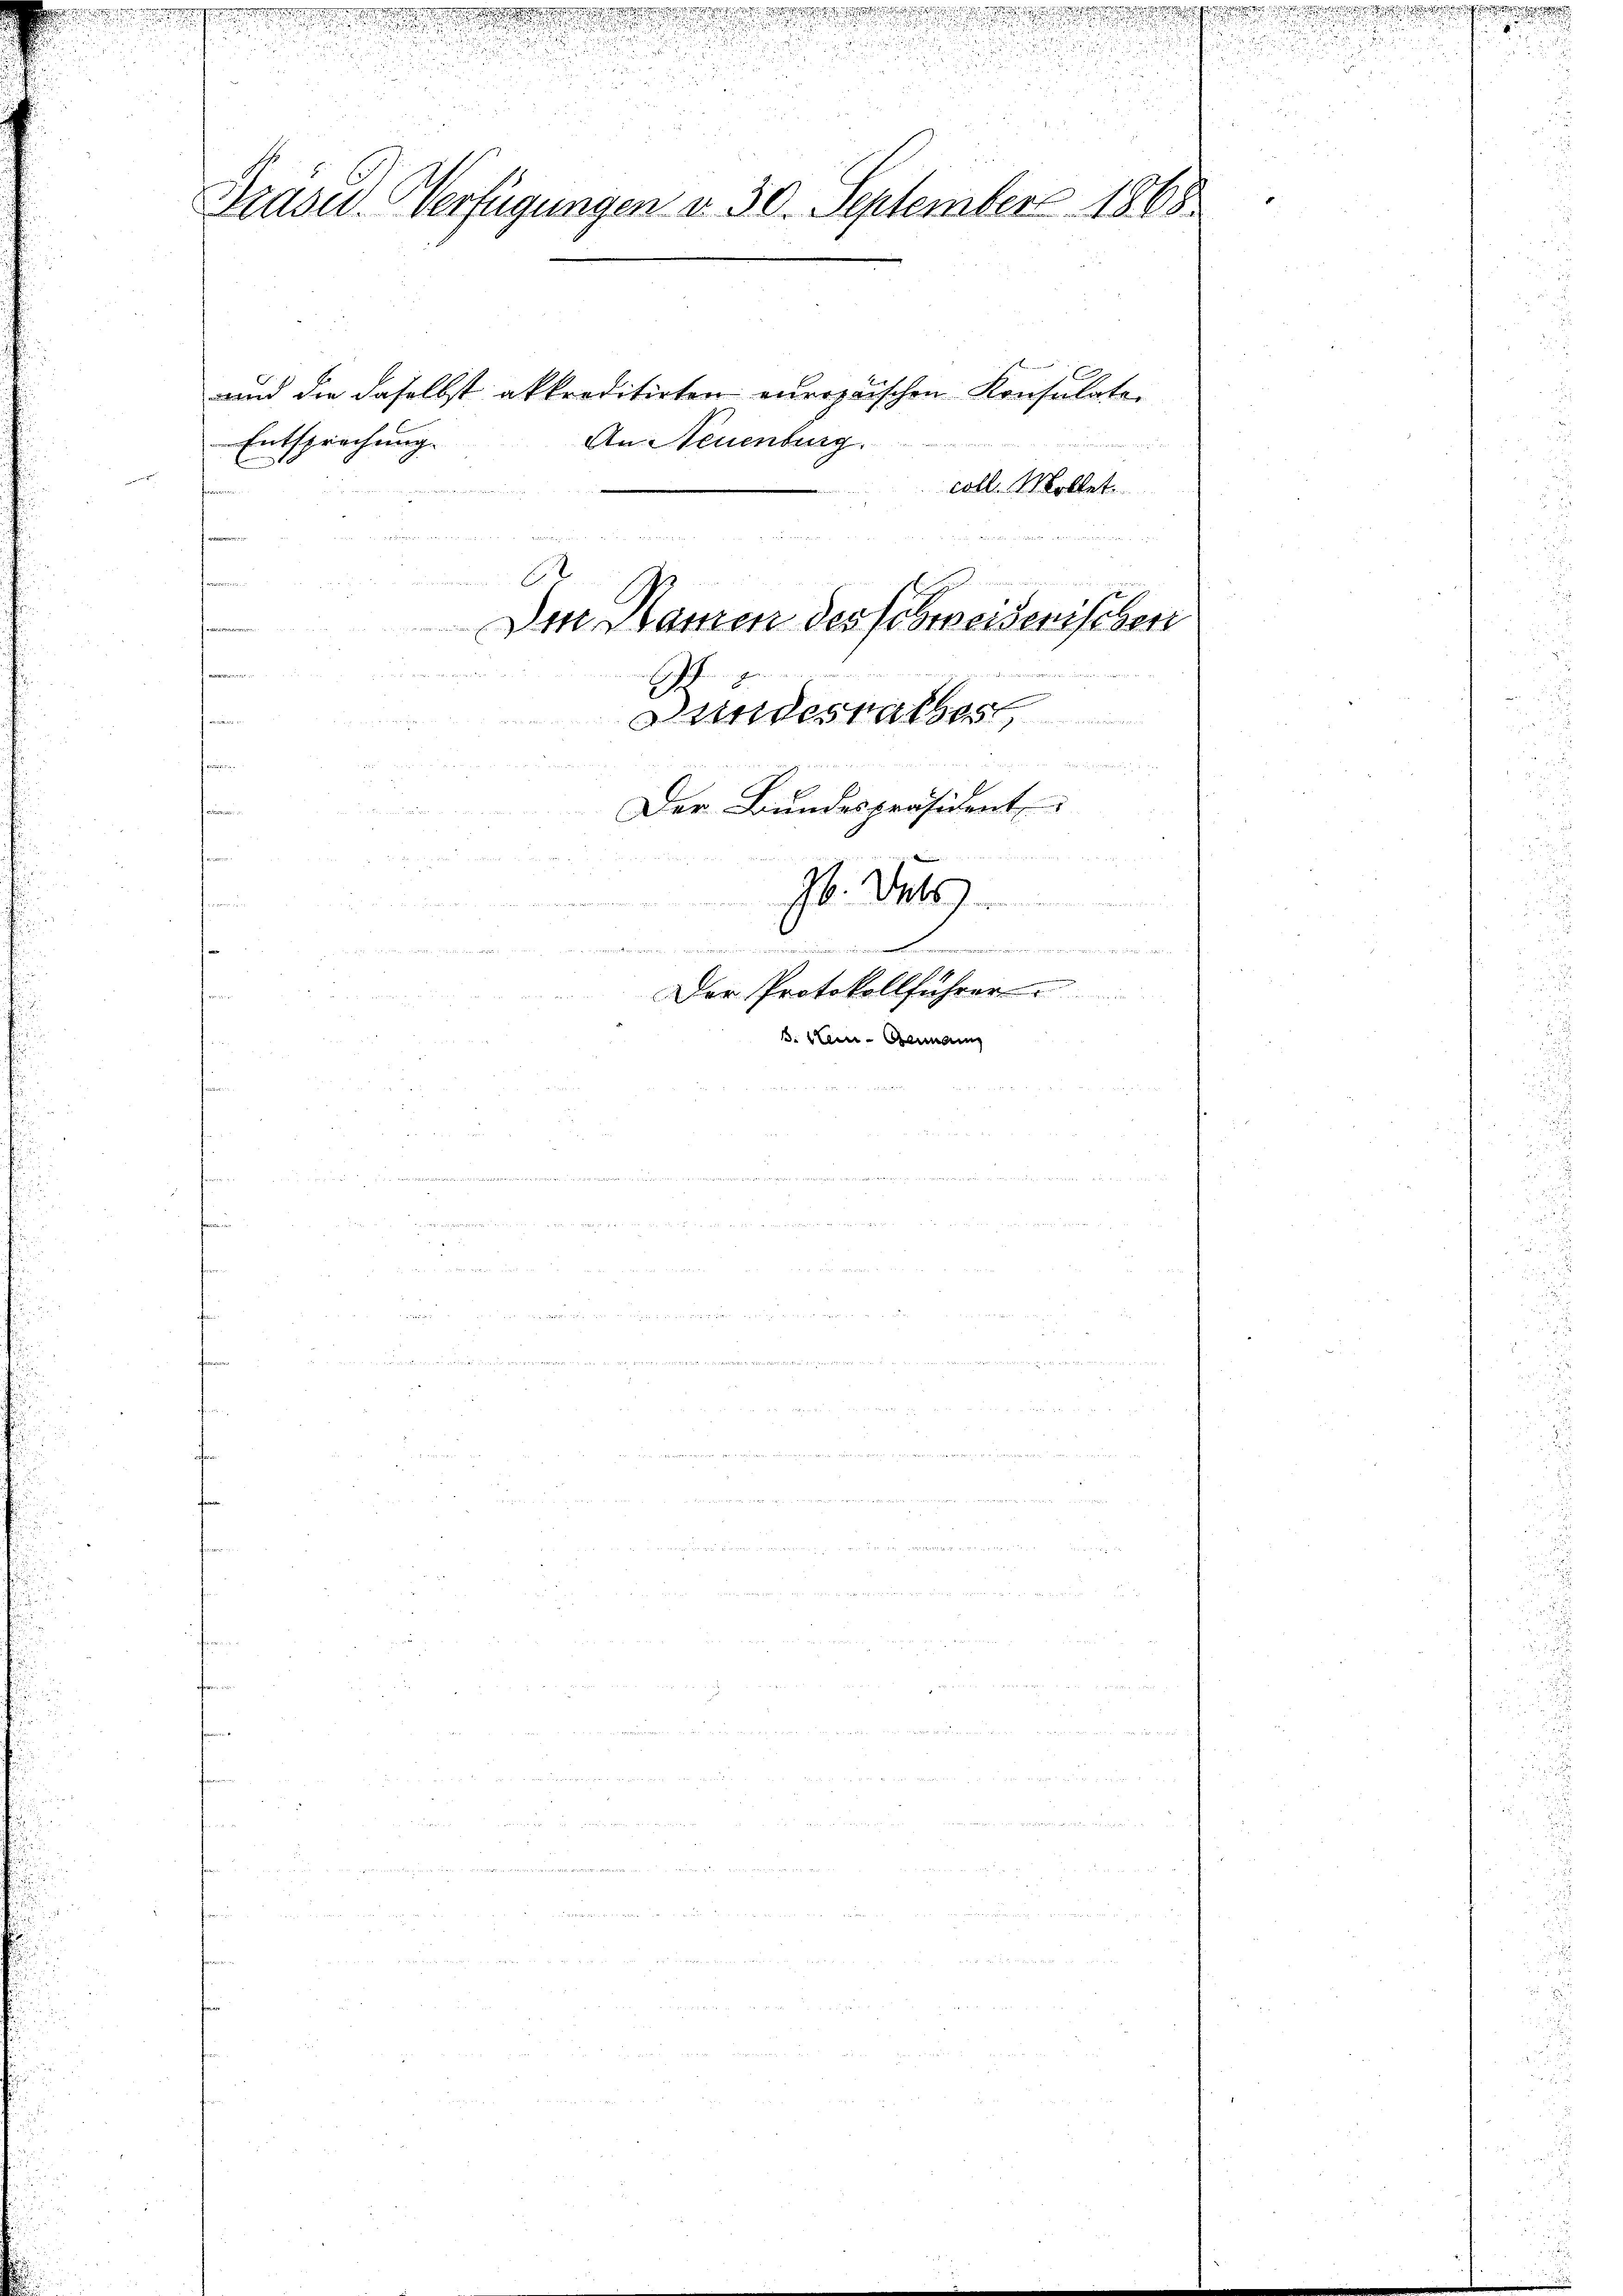
Entsprechung.
c, der eine

.
u

een an

.

2

Präsid. Verfügungen d. 30. September 1865.
und die daselbst akkreditirten europäischen Konsulaten
An Neuenburg.

fr
19
Dass dassen des schweisenischen
e

Bundesrathes
ten

r
ten
Der Bundespräsident
i

26. Das
u du es seines nur un in einer am..........
de
 egen die
.
Der Protokollführer
e
S. Blei-Germann

colle. Wollet.

.

e